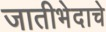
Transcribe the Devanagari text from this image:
जातीभेदाचे